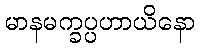
မာနမက္ခပ္ပဟာယိနော